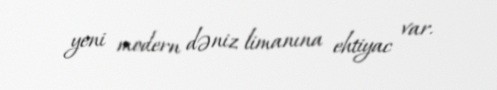
yeni modern dəniz limanına ehtiyac var.